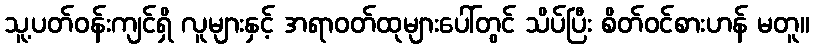
သူ့ပတ်ဝန်းကျင်ရှိ လူများနှင့် အရာဝတ်ထုများပေါ်တွင် သိပ်ပြီး စိတ်ဝင်စားဟန် မတူ။